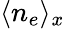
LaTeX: \langle n_{e}\rangle_{x}